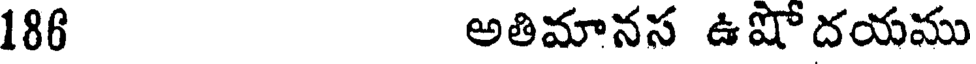
186 అతిమానస ఉషోదయము